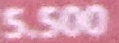
5.5000